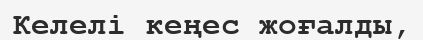
Келелі кеңес жоғалды,